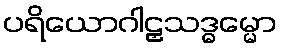
ပရိယောဂါဠှသဒ္ဓမ္မော